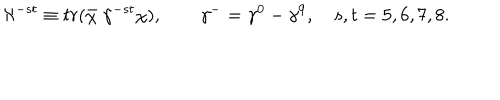
\aleph ^ { - s t } \equiv t r ( \bar { \chi } \; \gamma ^ { - s t } \chi ) , \qquad \gamma ^ { - } = \gamma ^ { 0 } - \gamma ^ { 9 } , \quad s , t = 5 , 6 , 7 , 8 .